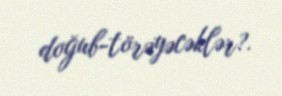
doğub-törəyəcəklər?.